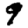
Digit: 9